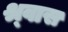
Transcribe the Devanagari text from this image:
श्र्वास